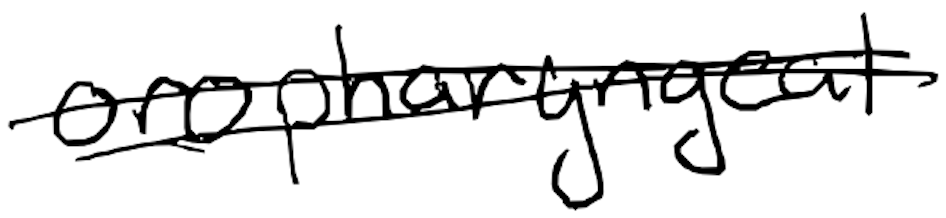
Text: oropharyngeal
Cross-out: mix
Writing tool: digital_black